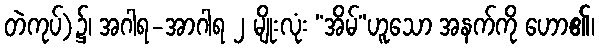
တဲကုပ်)၌၊ အဂါရ-အာဂါရ ၂ မျိုးလုံး “အိမ်”ဟူသော အနက်ကို ဟော၏၊